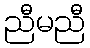
ညီမညီ